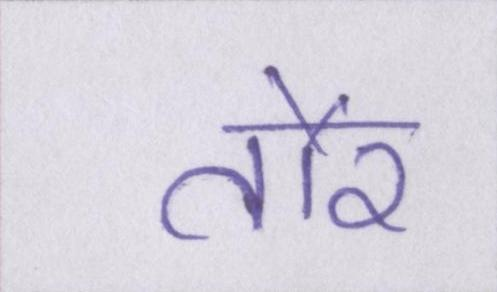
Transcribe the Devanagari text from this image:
तौर